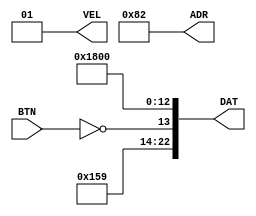
`timescale 1ns / 1ps
//////////////////////////////////////////////////////////////////////////////////
// Company: 
// Engineer: 
// 
// Design Name: 
// Module Name:    ADR_DAT_BL 
// Project Name: 
// Target Devices: 
// Tool versions: 
// Description: 
//
// Dependencies: 
//
// Revision: 
// Revision 0.01 - File Created
// Additional Comments: 
//
//////////////////////////////////////////////////////////////////////////////////
module ADR_DAT_BL(input BTN, 	output wire [1:0] VEL,
										output wire [7:0] ADR,
										output wire [22:0] DAT);
										
	wire [4:0] my_nom = 5'b00010 ;
	assign ADR = {3'b100,my_nom} ;
	parameter my_dat = 23'h567800 ;
	parameter my_VEL = 2'b01 ;
	wire my_bit_dat = (my_dat[13]^BTN) ;
	assign DAT = {my_dat[22:14],my_bit_dat,my_dat[12:0]} ;
	assign VEL = my_VEL ;
endmodule